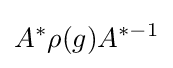
A^{*}\rho (g)A^{*-1}